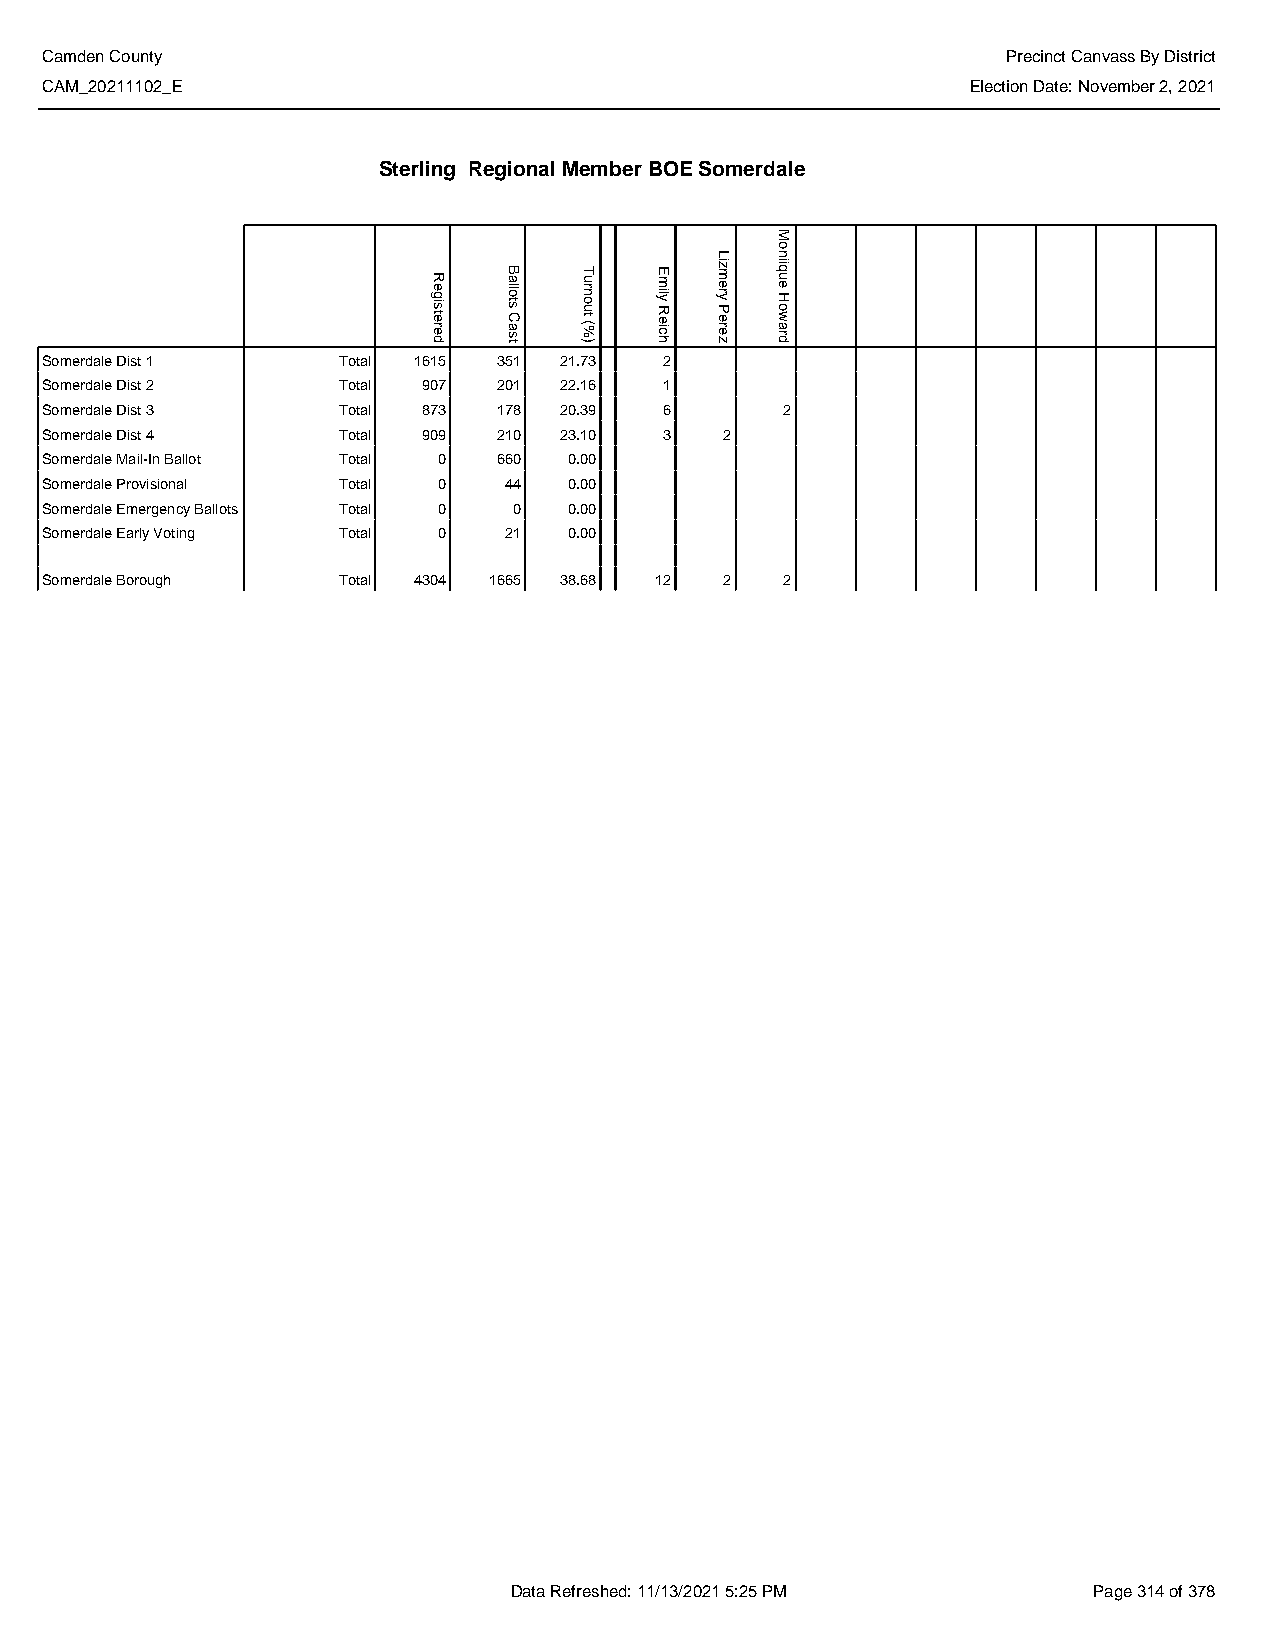
Camden County                                                   Precinct Canvass By District
 CAM_20211102_E                                               Election Date: November 2, 2021
 Sterling Regional Member BOE Somerdale
 Somerdale Dist 1   Total 1615 351 21.73  2
 Somerdale Dist 2   Total 907  201 22.16  1
 Somerdale Dist 3   Total 873  178 20.39  6       2
 Somerdale Dist 4   Total 909  210 23.10  3   2
 Somerdale Mail-In Ballot Total 0 660 0.00
 Somerdale Provisional Total 0 44   0.00
 Somerdale Emergency Ballots Total 0 0 0.00
 Somerdale Early Voting Total 0 21  0.00
 Somerdale Borough  Total 4304 1665 38.68 12  2   2
 Data Refreshed: 11/13/2021 5:25 PM    Page 314 of 378
 Registered
 Ballots
 Cast
 Turnout
 (%)
 Emily
 Reich
 Lizmery
 Perez
 Moniique
 Howard